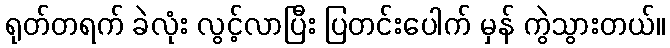
ရုတ်တရက် ခဲလုံး လွင့်လာပြီး ပြတင်းပေါက် မှန် ကွဲသွားတယ်။